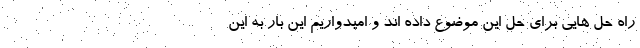
راه حل هایی برای حل این موضوع داده اند و امیدواریم این بار به این